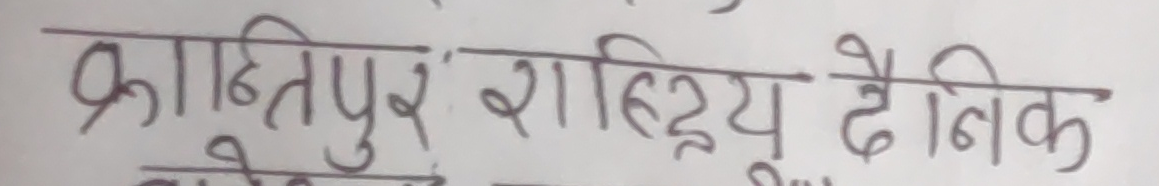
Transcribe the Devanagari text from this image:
क्रांतिपुर रास्ट्रिय दैनिक